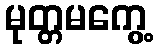
မုတ္တမကွေ့